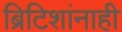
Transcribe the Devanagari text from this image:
ब्रिटिशांनाही